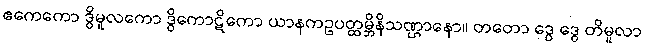
ဧကေကော ဒွိမူလကော ဒွိကောဋိကော ယာနကဥပတ္ထမ္ဘိနိသဏ္ဌာနော။ တတော ဒွေ ဒွေ တိမူလာ